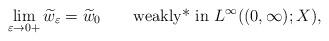
LaTeX: \begin{align*}\displaystyle\lim_{\varepsilon \to 0+}\widetilde w_\varepsilon = \widetilde w_0 \qquad\hbox{\rm weakly* in }L^\infty((0,\infty);X),\end{align*}